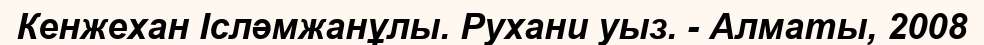
Кенжехан Ісләмжанұлы. Рухани уыз. - Алматы, 2008